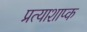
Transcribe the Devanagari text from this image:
प्रत्याशाप्क